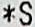
*S